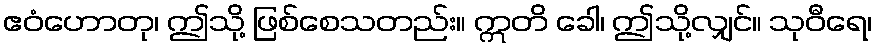
ဧဝံဟောတု၊ ဤသို့ ဖြစ်စေသတည်း။ ဣတိ ခေါ၊ ဤသို့လျှင်။ သုဝီရေ၊